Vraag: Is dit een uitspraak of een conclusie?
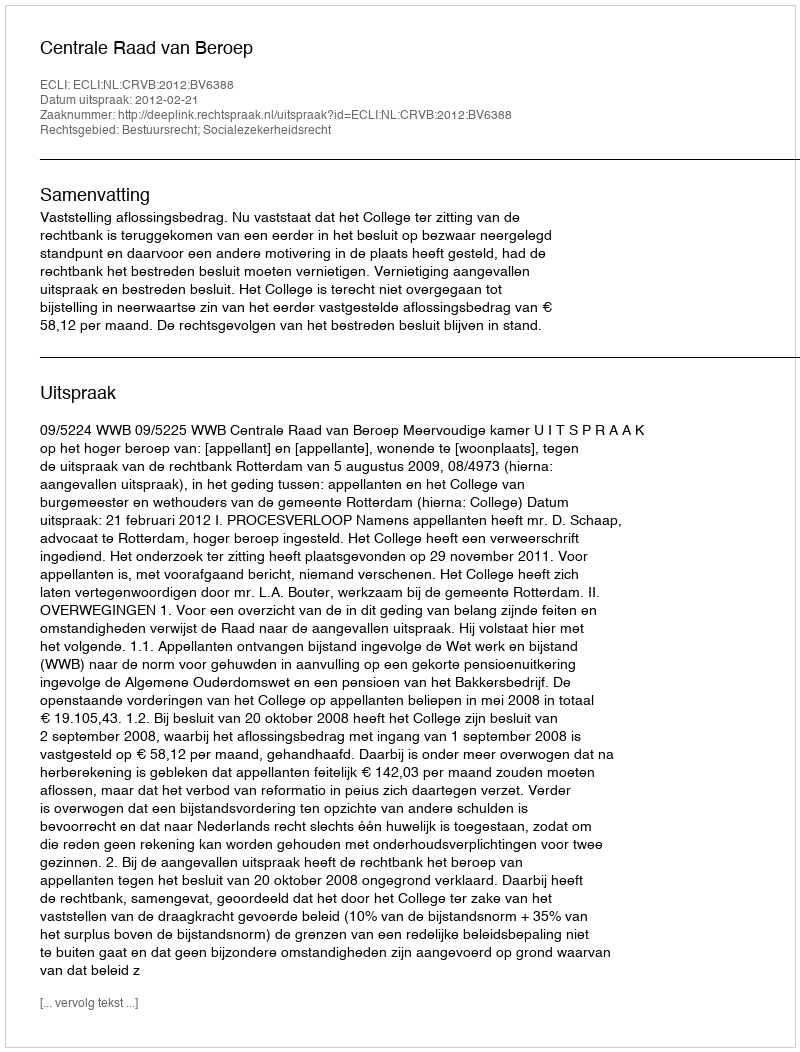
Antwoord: Uitspraak